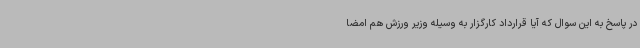
در پاسخ به این سوال که آیا قرارداد کارگزار به وسیله وزیر ورزش هم امضا